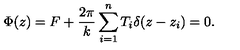
\Phi ( z ) = F + \frac { 2 \pi } { k } \sum _ { i = 1 } ^ { n } T _ { i } \delta ( z - z _ { i } ) = 0 .